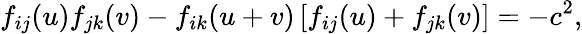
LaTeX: f_{ij}(u)f_{jk}(v)-f_{ik}(u+v)\left[f_{ij}(u)+f_{jk}(v)\right]=-c^{2},